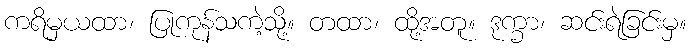
ကရိမှယထာ၊ ပြုကုန်သကဲ့သို့။ တထာ၊ ထို့အတူ။ ဒုက္ခာ၊ ဆင်းရဲခြင်းမှ။